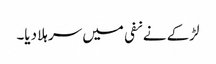
لڑکے نے نفی میں سر ہلا دیا۔